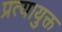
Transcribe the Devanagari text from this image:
प्रत्यायुक्त